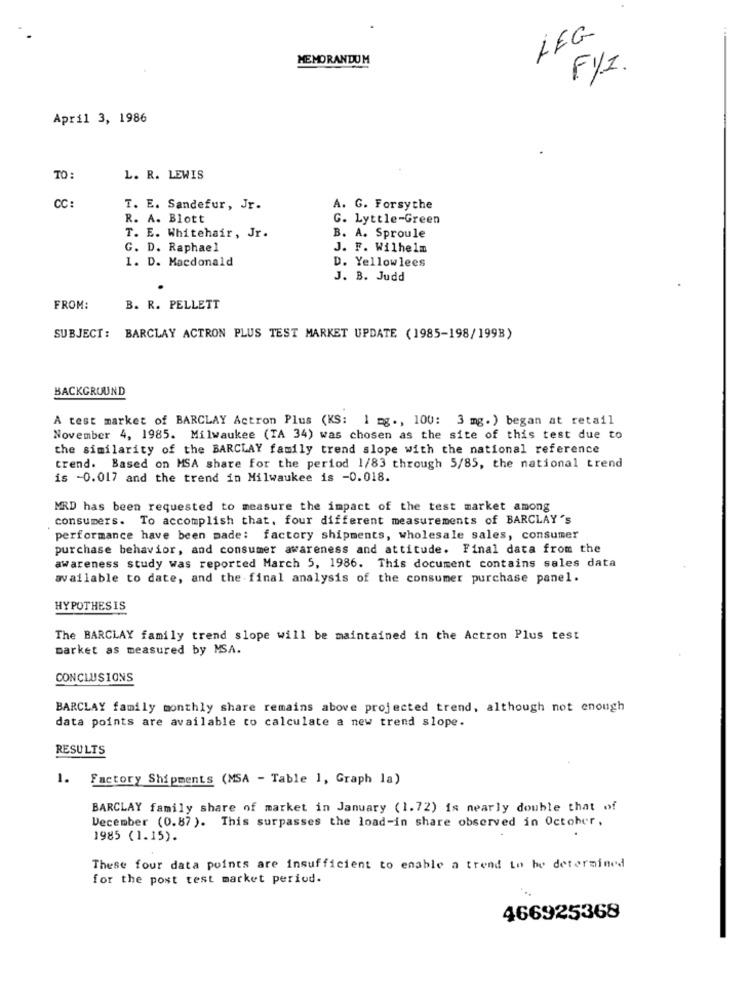
LEG
MEMORANDUM
FYI.
April 3, 1986
TO:
L. R. LEWIS
CC:
T. E. Sandefur, Jr.
A. G. Forsythe
R. A. Blott
G. Lyttle-Green
T. E. Whitehair, Jr.
B. A. Sproule
G. D. Raphael
J. F. Wilhelm
D. Yellowlees
1. D. Macdonald
J. B. Judd
FROM:
B. R. PELLETT
SUBJECT: BARCLAY ACTRON PLUS TEST MARKET UPDATE (1985-198/199B)
BACKGROUND
A test market of BARCLAY Actron Plus (KS: 1 mg ., 100: 3 mg. ) began at retail
November 4, 1985. Milwaukee (TA 34) was chosen as the site of this test due to
the similarity of the BARCLAY family trend slope with the national reference
trend. Based on MSA share for the period 1/83 through 5/85, the national trend
is -0.017 and the trend in Milwaukee is -0.018.
MRD has been requested to measure the impact of the test market among
consumers. To accomplish that, four different measurements of BARCLAY'S
performance have been made: factory shipments, wholesale sales, consumer
purchase behavior, and consumer awareness and attitude. Final data from the
awareness study was reported March 5, 1986. This document contains sales data
available to date, and the final analysis of the consumer purchase panel.
HYPOTHESIS
The BARCLAY family trend slope will be maintained in the Actron Plus test
parket as measured by MSA.
CONCLUSIONS
BARCLAY family monthly share remains above projected trend, although not enough
data points are available to calculate a new trend slope.
RESULTS
1. Factory Shipments (MSA - Table 1, Graph la)
BARCLAY family share of market in January (1.72) is nearly double that of
December (0.87). This surpasses the load-in share observed in October,
1985 (1.15).
These four data points are insufficient to enable a trend to be determined
for the post test market period.
466925368